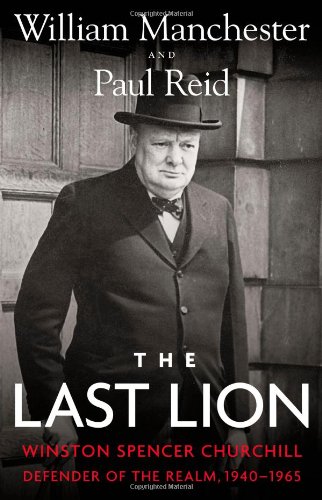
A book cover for The Last Lion: Winston Spencer Churchill: Defender of the Realm, 1940-1965; William Manchester; Biographies & Memoirs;